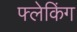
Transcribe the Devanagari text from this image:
फ्लेकिंग